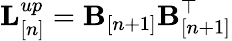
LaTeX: {\mathbf L}_{[n]}^{up}={\mathbf B}_{[n+1]}{\mathbf B}_{[n+1]}^{\top}